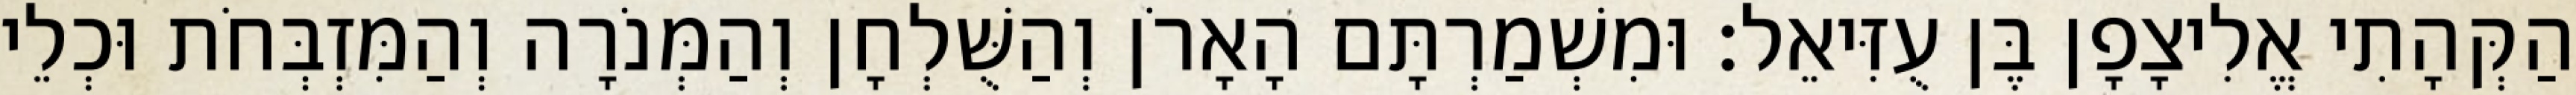
הַקְּהָתִי אֱלִיצָפָן בֶּן עֻזִּיאֵל׃ וּמִשְׁמַרְתָּם הָאָרֹן וְהַשֻּׁלְחָן וְהַמְּנֹרָה וְהַמִּזְבְּחֹת וּכְלֵי